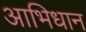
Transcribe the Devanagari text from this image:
आभिधान